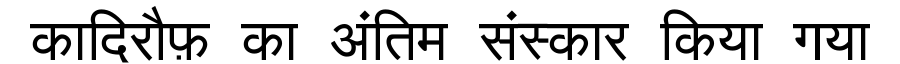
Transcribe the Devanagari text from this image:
कादिरौफ़ का अंतिम संस्कार किया गया